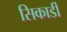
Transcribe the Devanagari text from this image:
सिकार्डी